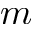
m